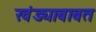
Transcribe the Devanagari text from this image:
खंड्याबाबत